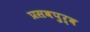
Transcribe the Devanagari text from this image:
प्रसवपुर्व